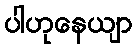
ပါဟုနေယျာ